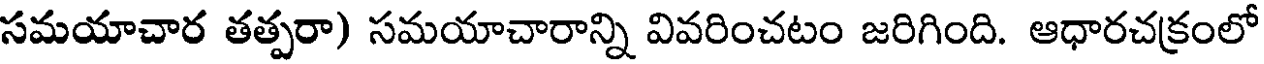
సమయాచార తత్పరా) సమయాచారాన్ని వివరించటం జరిగింది. ఆధారచక్రంలో